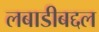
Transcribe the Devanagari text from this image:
लबाडीबद्दल